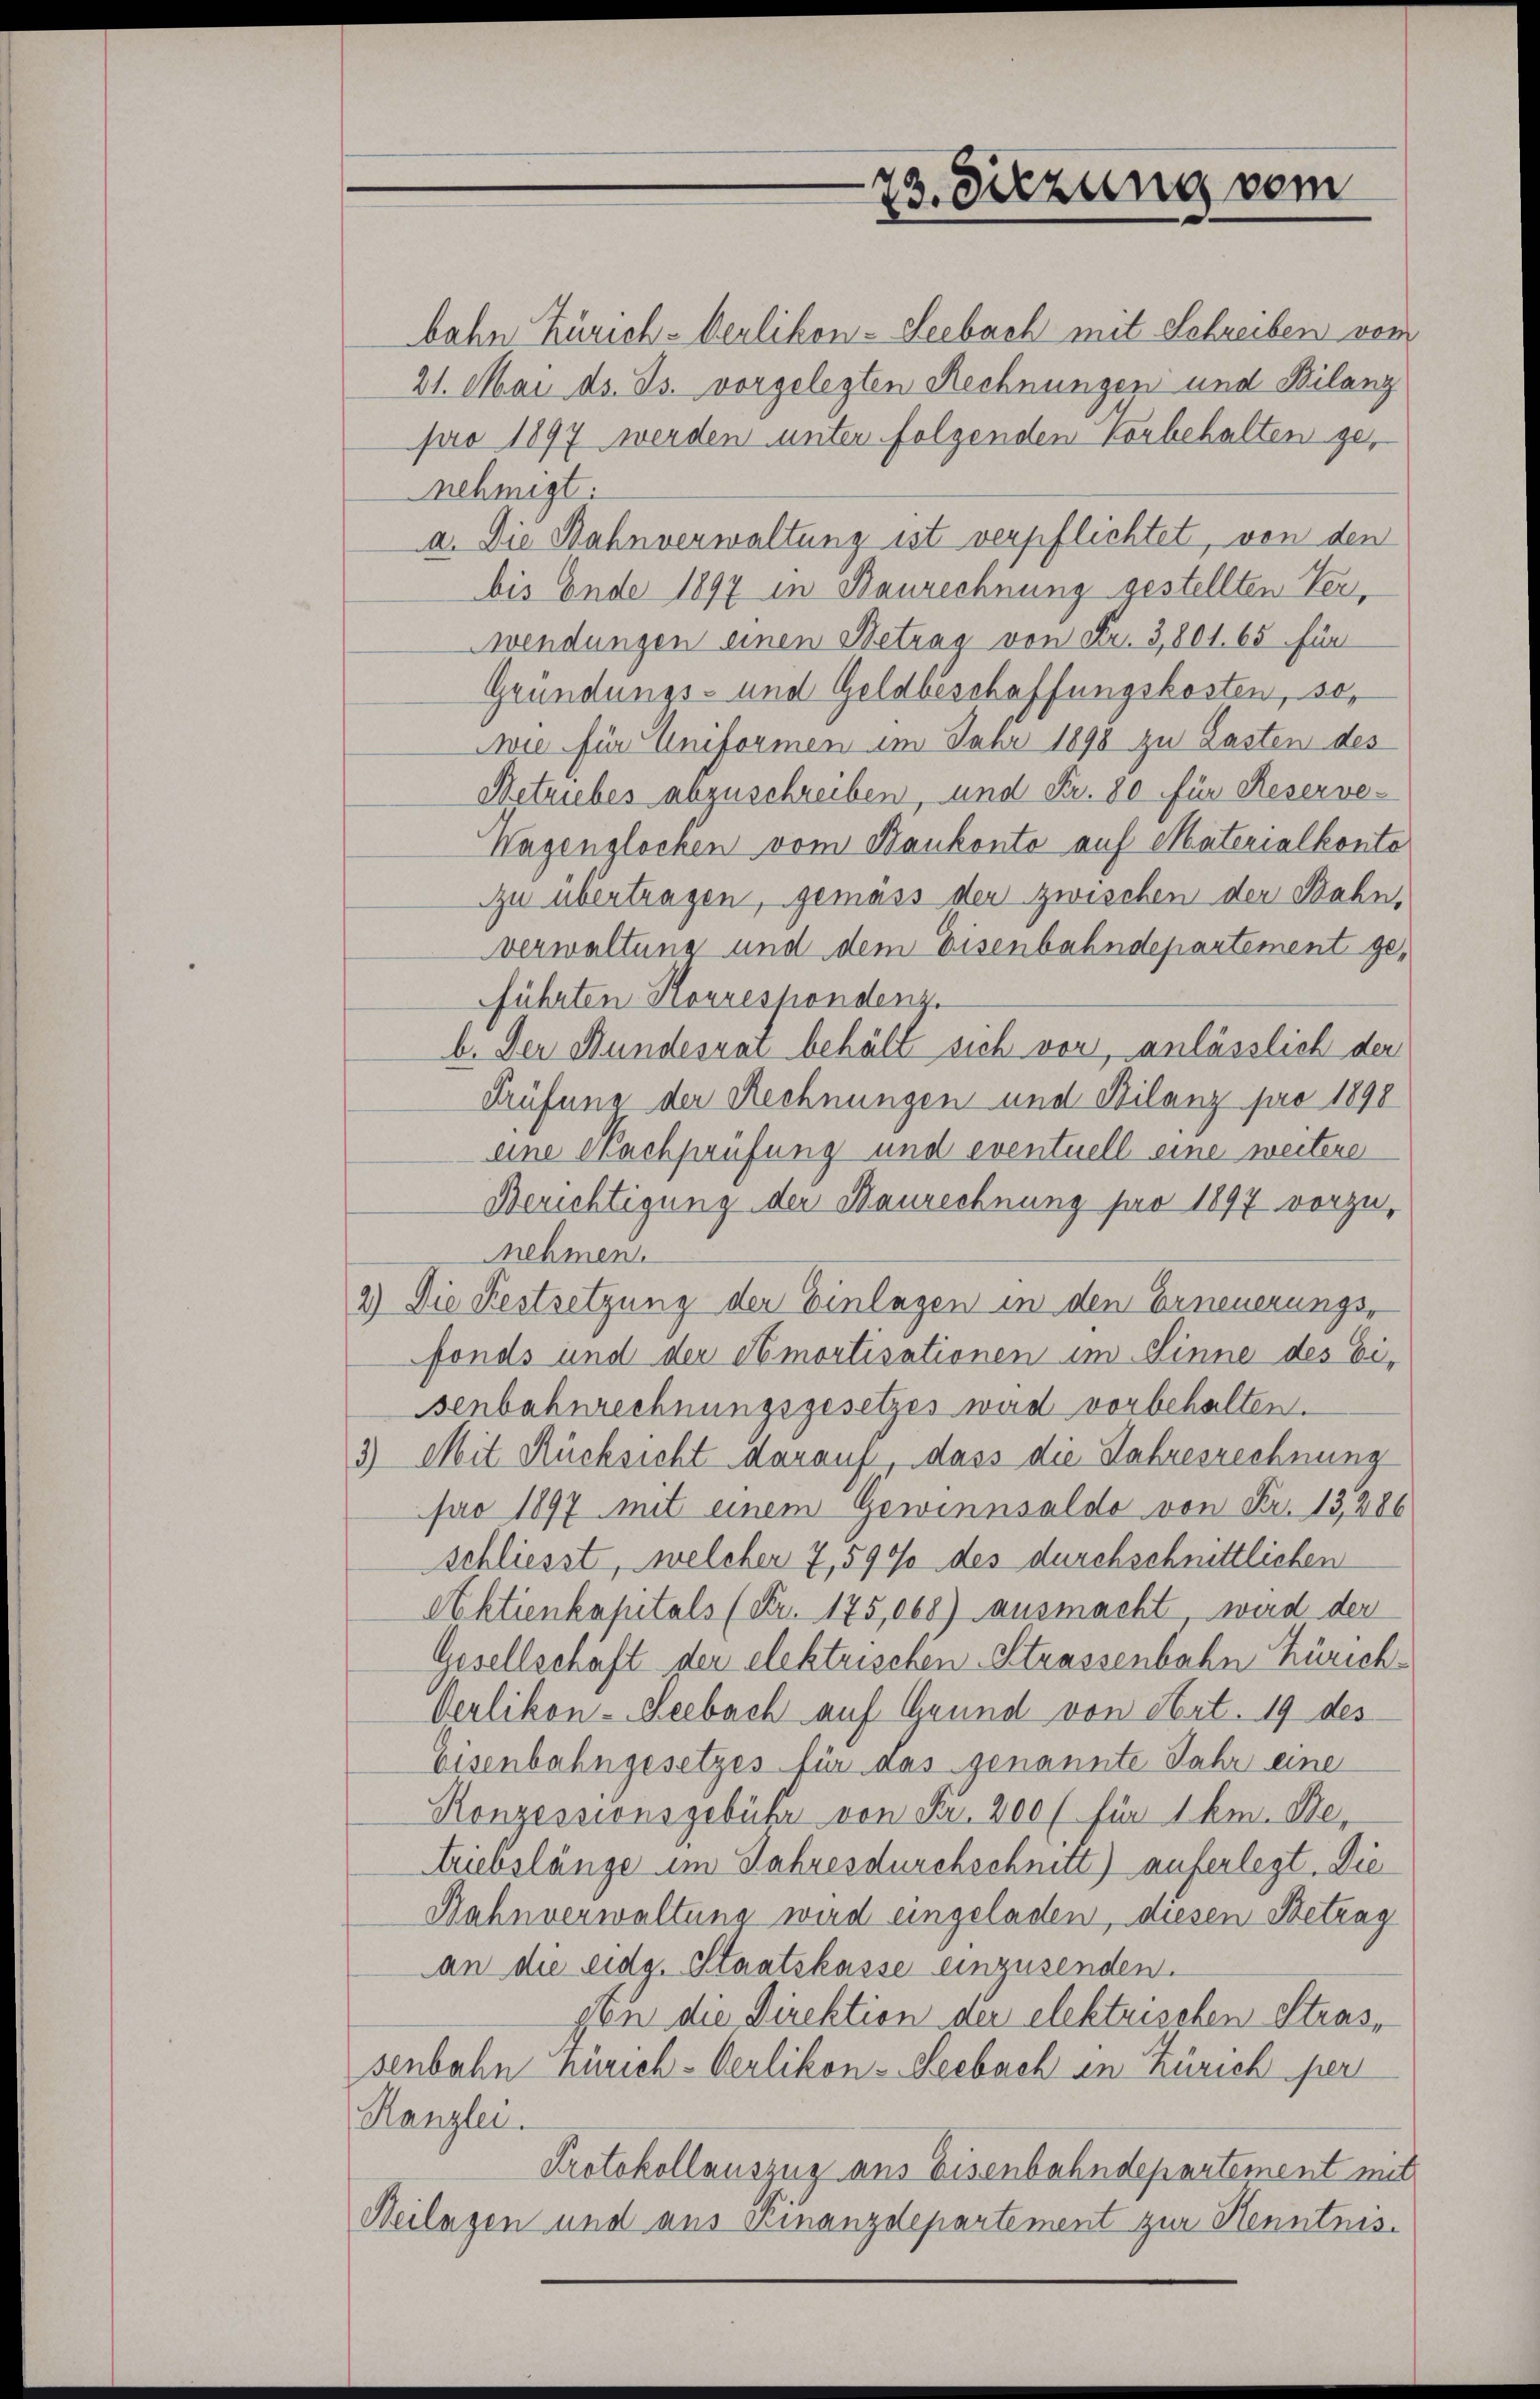
23. Sitzung vom

bahn Zürich-Berlikon-Seebach mit Schreiben vom
21. Mai d. Js. vorgelegten Rechnungen und Bilanz
pro 1897 werden unter folgenden Vorbehalten genehmigt.
a. Die Bahnverwaltung ist verpflichtet, von den
bis Ende 1897 in Baurechnung gestellten Verwendungen einen Betrag von Fr. 3,801. 65 für
Gründungs- und Geldbeschaffungskosten, sowie für Uniformen im Jahr 1898 zu Lasten des
Netriebes abzuschreiben, und Fr. 80 für Reserve-
Wagenglocken vom Bankonto auf Materialkonto
Zu übertragen, gemäss den zwischen der Bahn-
verwaltung und dem Eisenbahndepartement geführten Horrespondenz.
b. Der Stundesrat behält sich vor, anlässlich der
Prüfung der Rechnungen und Bilanz pro 1890
eine Nachprüfung und eventuell eine weitere
Berichtigung der Baurechnung pro 1897 vorzunehmen.
2) Die Festsetzung der Einlagen in den Erneuerungs-
fonds und der Amortisationen im Sinne des Ei-
senbahnrechnungsgesetzes wird vorbehalten.
3) Mit Rücksicht darauf, dass die Jahresrechnung
pro 1897 mit einem Gewinnsaldo von Fr. 13,286
schliesst, welcher 7,590% des durchschnittlichen
Aktienkapitals (Fr. 175,068) ausmacht wird der
Gesellschaft der elektrischen Strassenbahn Zürich¬
Oerlikon-Seebach auf Grund von Art. 19 des
Eisenbahngesetzes für das genannte Jahr eine
Konzessionsgebühr von Fr. 200 l. für 1 km. De
triebslänge im Jahres durchschnitt) auferlegt. Die
Bahnverwaltung wird eingeladen, diesen Betrag
an die eidg. Staatskasse einzusenden.
gen die Direktion der elektrischen Strassenbahn Zürich-Oerlikon-Seebach in Zürich per
Kanzlei.
Protokollauszug aus Eisenbahndepartement mit
Neilagen und aus Kinanzdepartement zur Henntnis-